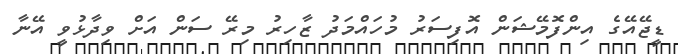
ޑީޖޭއޭގެ އިންފޮމޭޝަން އޮފިސަރު މުހައްމަދު ޒާހިރު މިރޭ ސަން އަށް ވިދާޅުވީ އޭނާ